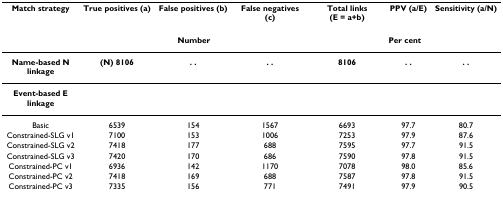
<table><thead><tr><td><b>Match strategy</b></td><td><b>True positives (a)</b></td><td><b>False positives (b)</b></td><td><b>False negatives (c)</b></td><td><b>Total links (E = a+b)</b></td><td><b>PPV (a/E)</b></td><td><b>Sensitivity (a/N)</b></td></tr></thead><tbody><tr><td></td><td colspan="3"><b>Number</b></td><td colspan="3"><b>Per cent</b></td></tr><tr><td><b>Name-based N linkage</b></td><td><b>(N) 8106</b></td><td><b>. .</b></td><td><b>. .</b></td><td><b>8106</b></td><td><b>. .</b></td><td><b>. .</b></td></tr><tr><td><b>Event-based E linkage</b></td><td></td><td></td><td></td><td></td><td></td><td></td></tr><tr><td>Basic</td><td>6539</td><td>154</td><td>1567</td><td>6693</td><td>97.7</td><td>80.7</td></tr><tr><td>Constrained-SLG v1</td><td>7100</td><td>153</td><td>1006</td><td>7253</td><td>97.9</td><td>87.6</td></tr><tr><td>Constrained-SLG v2</td><td>7418</td><td>177</td><td>688</td><td>7595</td><td>97.7</td><td>91.5</td></tr><tr><td>Constrained-SLG v3</td><td>7420</td><td>170</td><td>686</td><td>7590</td><td>97.8</td><td>91.5</td></tr><tr><td>Constrained-PC v1</td><td>6936</td><td>142</td><td>1170</td><td>7078</td><td>98.0</td><td>85.6</td></tr><tr><td>Constrained-PC v2</td><td>7418</td><td>169</td><td>688</td><td>7587</td><td>97.8</td><td>91.5</td></tr><tr><td>Constrained-PC v3</td><td>7335</td><td>156</td><td>771</td><td>7491</td><td>97.9</td><td>90.5</td></tr></tbody></table>